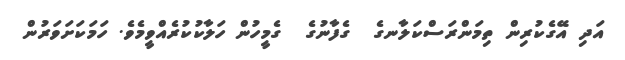
އަދި އޭގެކުރިން ތިމަންރަސްކަލާނގެ  ގެފާނުގެ  ގެމީހުން ހަލާކުކުރެއްވީމެވެ. ހަމަކަށަވަރުން